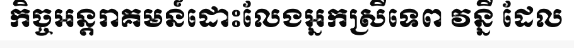
កិច្ចអន្តរាគមន៍ដោះលែងអ្នកស្រីទេព វន្នី ដែល